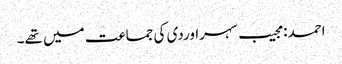
احمد: مجیب سہراوردی کی جماعت میں تھے۔